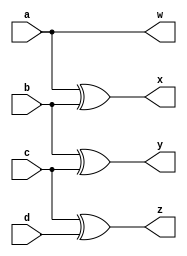
`timescale 1ns / 1ps
//////////////////////////////////////////////////////////////////////////////////
// Company: 
// Engineer: 
// 
// Design Name: 
// Module Name: graycoder
// Project Name: 
// Target Devices: 
// Tool Versions: 
// Description: 
// 
// Dependencies: 
// 
// Revision:
// Revision 0.01 - File Created
// Additional Comments:
// 
//////////////////////////////////////////////////////////////////////////////////


module graycoder(
    input a,
    input b,
    input c,
    input d,
    output w,
    output x,
    output y,
    output z
    );
    
assign w = a;
assign x = a ^ b;
assign y = b ^ c;
assign z = c ^ d;
  
endmodule